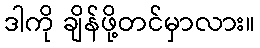
ဒါကို ချိန်ဖို့တင်မှာလား။